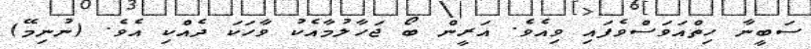
ސަބީނާ ހިތްއަވަސްވެފައި ވިއެވެ. އަރީން ބޯ ޖަހާލުމާއެކު ވާހަކަ ދެއްކި އެވެ. (ނުނިމޭ)